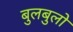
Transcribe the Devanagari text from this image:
बुलबुलो